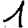
Digit: 1